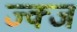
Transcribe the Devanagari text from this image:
ज्क्ज